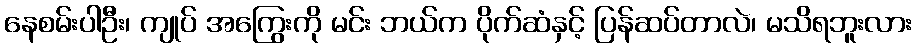
နေစမ်းပါဦး၊ ကျုပ် အကြွေးကို မင်း ဘယ်က ပိုက်ဆံနှင့် ပြန်ဆပ်တာလဲ၊ မသိရဘူးလား